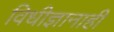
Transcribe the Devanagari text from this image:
विधीज्ञानाही